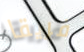
فريقا